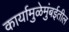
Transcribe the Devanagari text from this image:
कार्यामुळेमुंबईतील